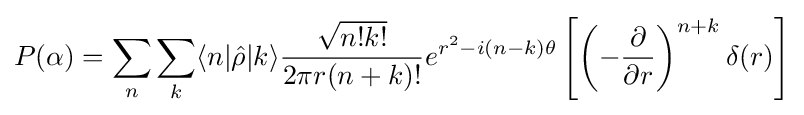
P(\alpha )=\sum _{n}\sum _{k}\langle n|{\hat {\rho }}|k\rangle {\frac {\sqrt {n!k!}}{2\pi r(n+k)!}}e^{r^{2}-i(n-k)\theta }\left[\left(-{\frac {\partial }{\partial r}}\right)^{n+k}\delta (r)\right]